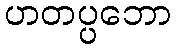
ဟတပ္ပဘော